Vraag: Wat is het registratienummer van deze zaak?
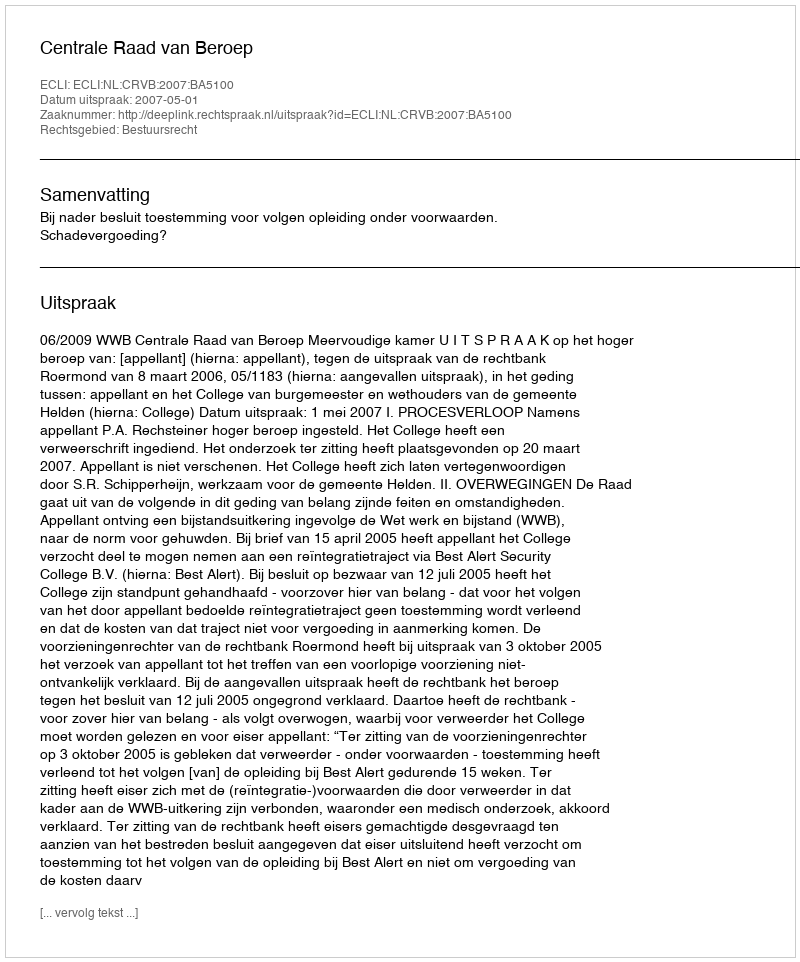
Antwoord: http://deeplink.rechtspraak.nl/uitspraak?id=ECLI:NL:CRVB:2007:BA5100